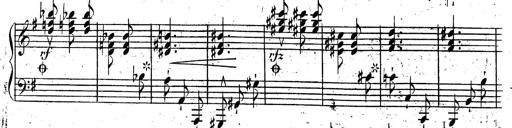
Title: Rondeau fantastique sur un thÃ¨me espagnol
Composer: Franz Liszt